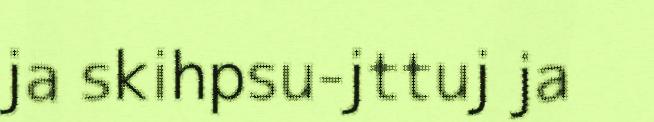
ja skihpsu-jttuj ja